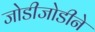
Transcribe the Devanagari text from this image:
जोडीजोडीने